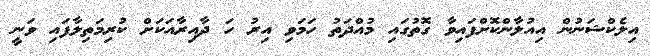
އިލެކްޝަނުން އިއުލާންކޮށްފައިވާ ގޮތުގައި މުއްދަތު ހަމަވި އިރު ހަ ދާއިރާއަަކަށް ކުރިމަތިލާފައި ވަނީ